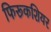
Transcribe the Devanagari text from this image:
फिरूकशियर